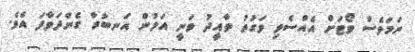
ނަމަވެސް ވޯޓަށް އެއްސެވި ވަގުތު ތާއީދު ވަނީ އަލުން އަނބުރާ ގެންދަވާފަ އެވެ.